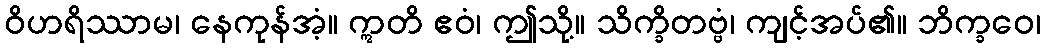
ဝိဟရိဿာမ၊ နေကုန်အံ့။ ဣတိ ဧဝံ၊ ဤသို့။ သိက္ခိတဗ္ဗံ၊ ကျင့်အပ်၏။ ဘိက္ခဝေ၊